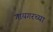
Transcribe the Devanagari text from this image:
गायगरच्या